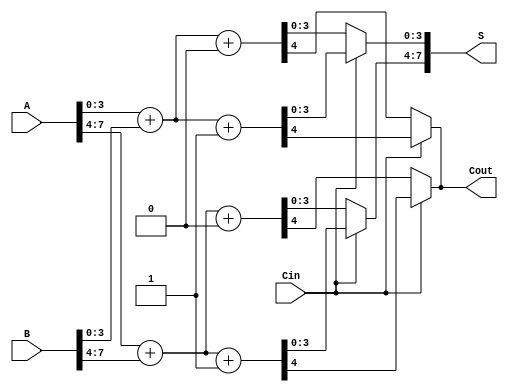
module static_carry_select_adder #(parameter n = 8, parameter m = 4)(
    input  [n-1:0] A,      // First n-bit input
    input  [n-1:0] B,      // Second n-bit input
    input  Cin,            // Carry-in
    output [n-1:0] S,      // n-bit sum output
    output Cout            // Carry-out
);

    // Number of segments
    localparam num_segments = n / m;

    // Intermediate signals for sums and carries
    wire [m-1:0] Sum_0 [0:num_segments-1]; // Sum when Cin = 0
    wire [m-1:0] Sum_1 [0:num_segments-1]; // Sum when Cin = 1
    wire Cout_0 [0:num_segments-1];         // Carry-out when Cin = 0
    wire Cout_1 [0:num_segments-1];         // Carry-out when Cin = 1
    wire [num_segments-1:0] C0;             // Carry-out for each segment when Cin = 0
    wire [num_segments-1:0] C1;             // Carry-out for each segment when Cin = 1

    genvar i;
    generate
        for (i = 0; i < num_segments; i = i + 1) begin : segment
            wire [m-1:0] A_segment = A[i*m +: m];
            wire [m-1:0] B_segment = B[i*m +: m];

            // Calculate Sum and Carry for Cin = 0
            assign {Cout_0[i], Sum_0[i]} = A_segment + B_segment + 1'b0;
            // Calculate Sum and Carry for Cin = 1
            assign {Cout_1[i], Sum_1[i]} = A_segment + B_segment + 1'b1;

            // Determine the carry-out for each segment
            assign C0[i] = (A_segment & B_segment); // Carry when Cin = 0
            assign C1[i] = (A_segment | B_segment); // Carry when Cin = 1
        end
    endgenerate

    // Final sum and carry output
    wire [n-1:0] final_sum;
    wire final_cout;

    // Multiplexer logic to select sum and carry output based on Cin
    generate
        for (i = 0; i < num_segments; i = i + 1) begin : mux
            assign final_sum[i*m +: m] = (Cin) ? Sum_1[i] : Sum_0[i];
            assign final_cout = (Cin) ? Cout_1[i] : Cout_0[i];
        end
    endgenerate

    // Assign the final outputs
    assign S = final_sum;
    assign Cout = final_cout;

endmodule